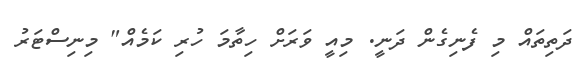
ދަތިތައް މި ފެނިގެން ދަނީ. މިއީ ވަރަށް ހިތާމަ ހުރި ކަމެއް" މިނިސްޓަރު